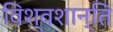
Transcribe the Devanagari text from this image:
विश्वशान्ति